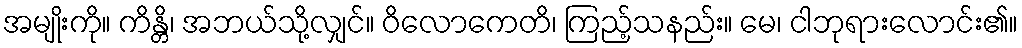
အမျိုးကို။ ကိန္တိ၊ အဘယ်သို့လျှင်။ ဝိလောကေတိ၊ ကြည့်သနည်း။ မေ၊ ငါဘုရားလောင်း၏။